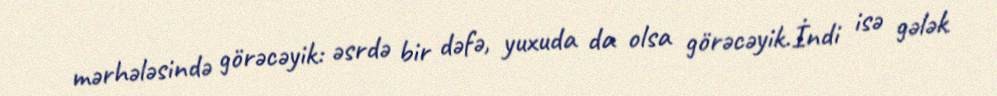
mərhələsində görəcəyik: əsrdə bir dəfə, yuxuda da olsa görəcəyik.İndi isə gələk